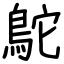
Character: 鴕